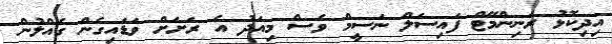
އިދިކޮޅު ރަނިންމޭޓް ފައިސަލް ނަސީމް ވެސް މިއަދު އެ ރަށަށް ވަޑައިގެން ގެއްލުން